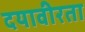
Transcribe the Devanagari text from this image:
दयावीरता